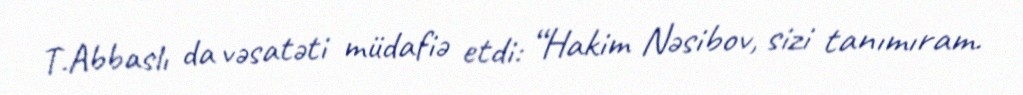
T.Abbaslı da vəsatəti müdafiə etdi: “Hakim Nəsibov, sizi tanımıram.